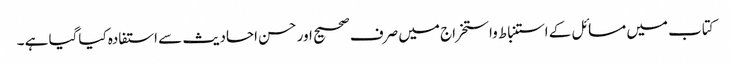
کتاب میں مسائل کے استنباط واستخراج میں صرف صحیح اور حسن احادیث سے استفادہ کیاگیا ہے ۔